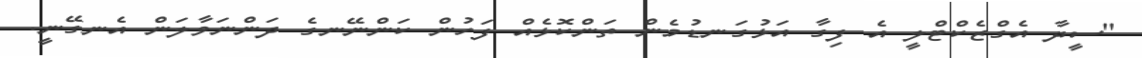
"ސީދާ އެގްޒެކްޓްލީ އެ ފިގާ އަޅުގަނޑުމެން ތަންކޮޅެއް ފަހުން ކަންނޭނގެ ދަންނަވާލަން އެނގޭނީ.